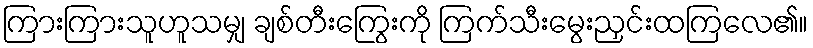
ကြားကြားသူဟူသမျှ ချစ်တီးကြွေးကို ကြက်သီးမွေးညှင်းထကြလေ၏။